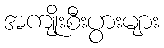
အကျိုးစီးပွားများ